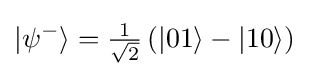
\vert \psi ^{-}\rangle ={\tfrac {1}{\sqrt {2}}}\left(\vert 01\rangle -\vert 10\rangle \right)